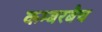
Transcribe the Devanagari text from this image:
कम्बरबैच